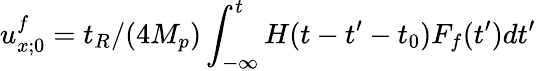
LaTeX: u_{x;0}^{f}=t_{R}/(4M_{p})\int_{-\infty}^{t}H(t-t^{\prime}-t_{0})F_{f}(t^{\prime})dt^{\prime}